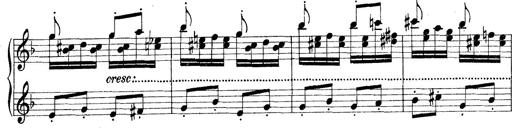
Title: Rapsodie: 19 ungheresi, 1 spagnuola
Composer: Franz Liszt